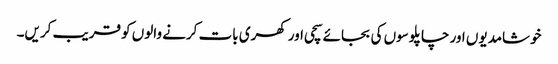
خوشامدیوں اور چاپلوسوں کی بجائے سچی اور کھری بات کرنے والوں کو قریب کریں۔